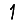
Digit: 1